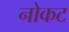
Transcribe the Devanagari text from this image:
नोकट